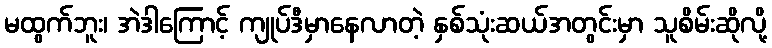
မထွက်ဘူး၊ အဲဒါကြောင့် ကျုပ်ဒီမှာနေလာတဲ့ နှစ်သုံးဆယ်အတွင်းမှာ သူစိမ်းဆိုလို့